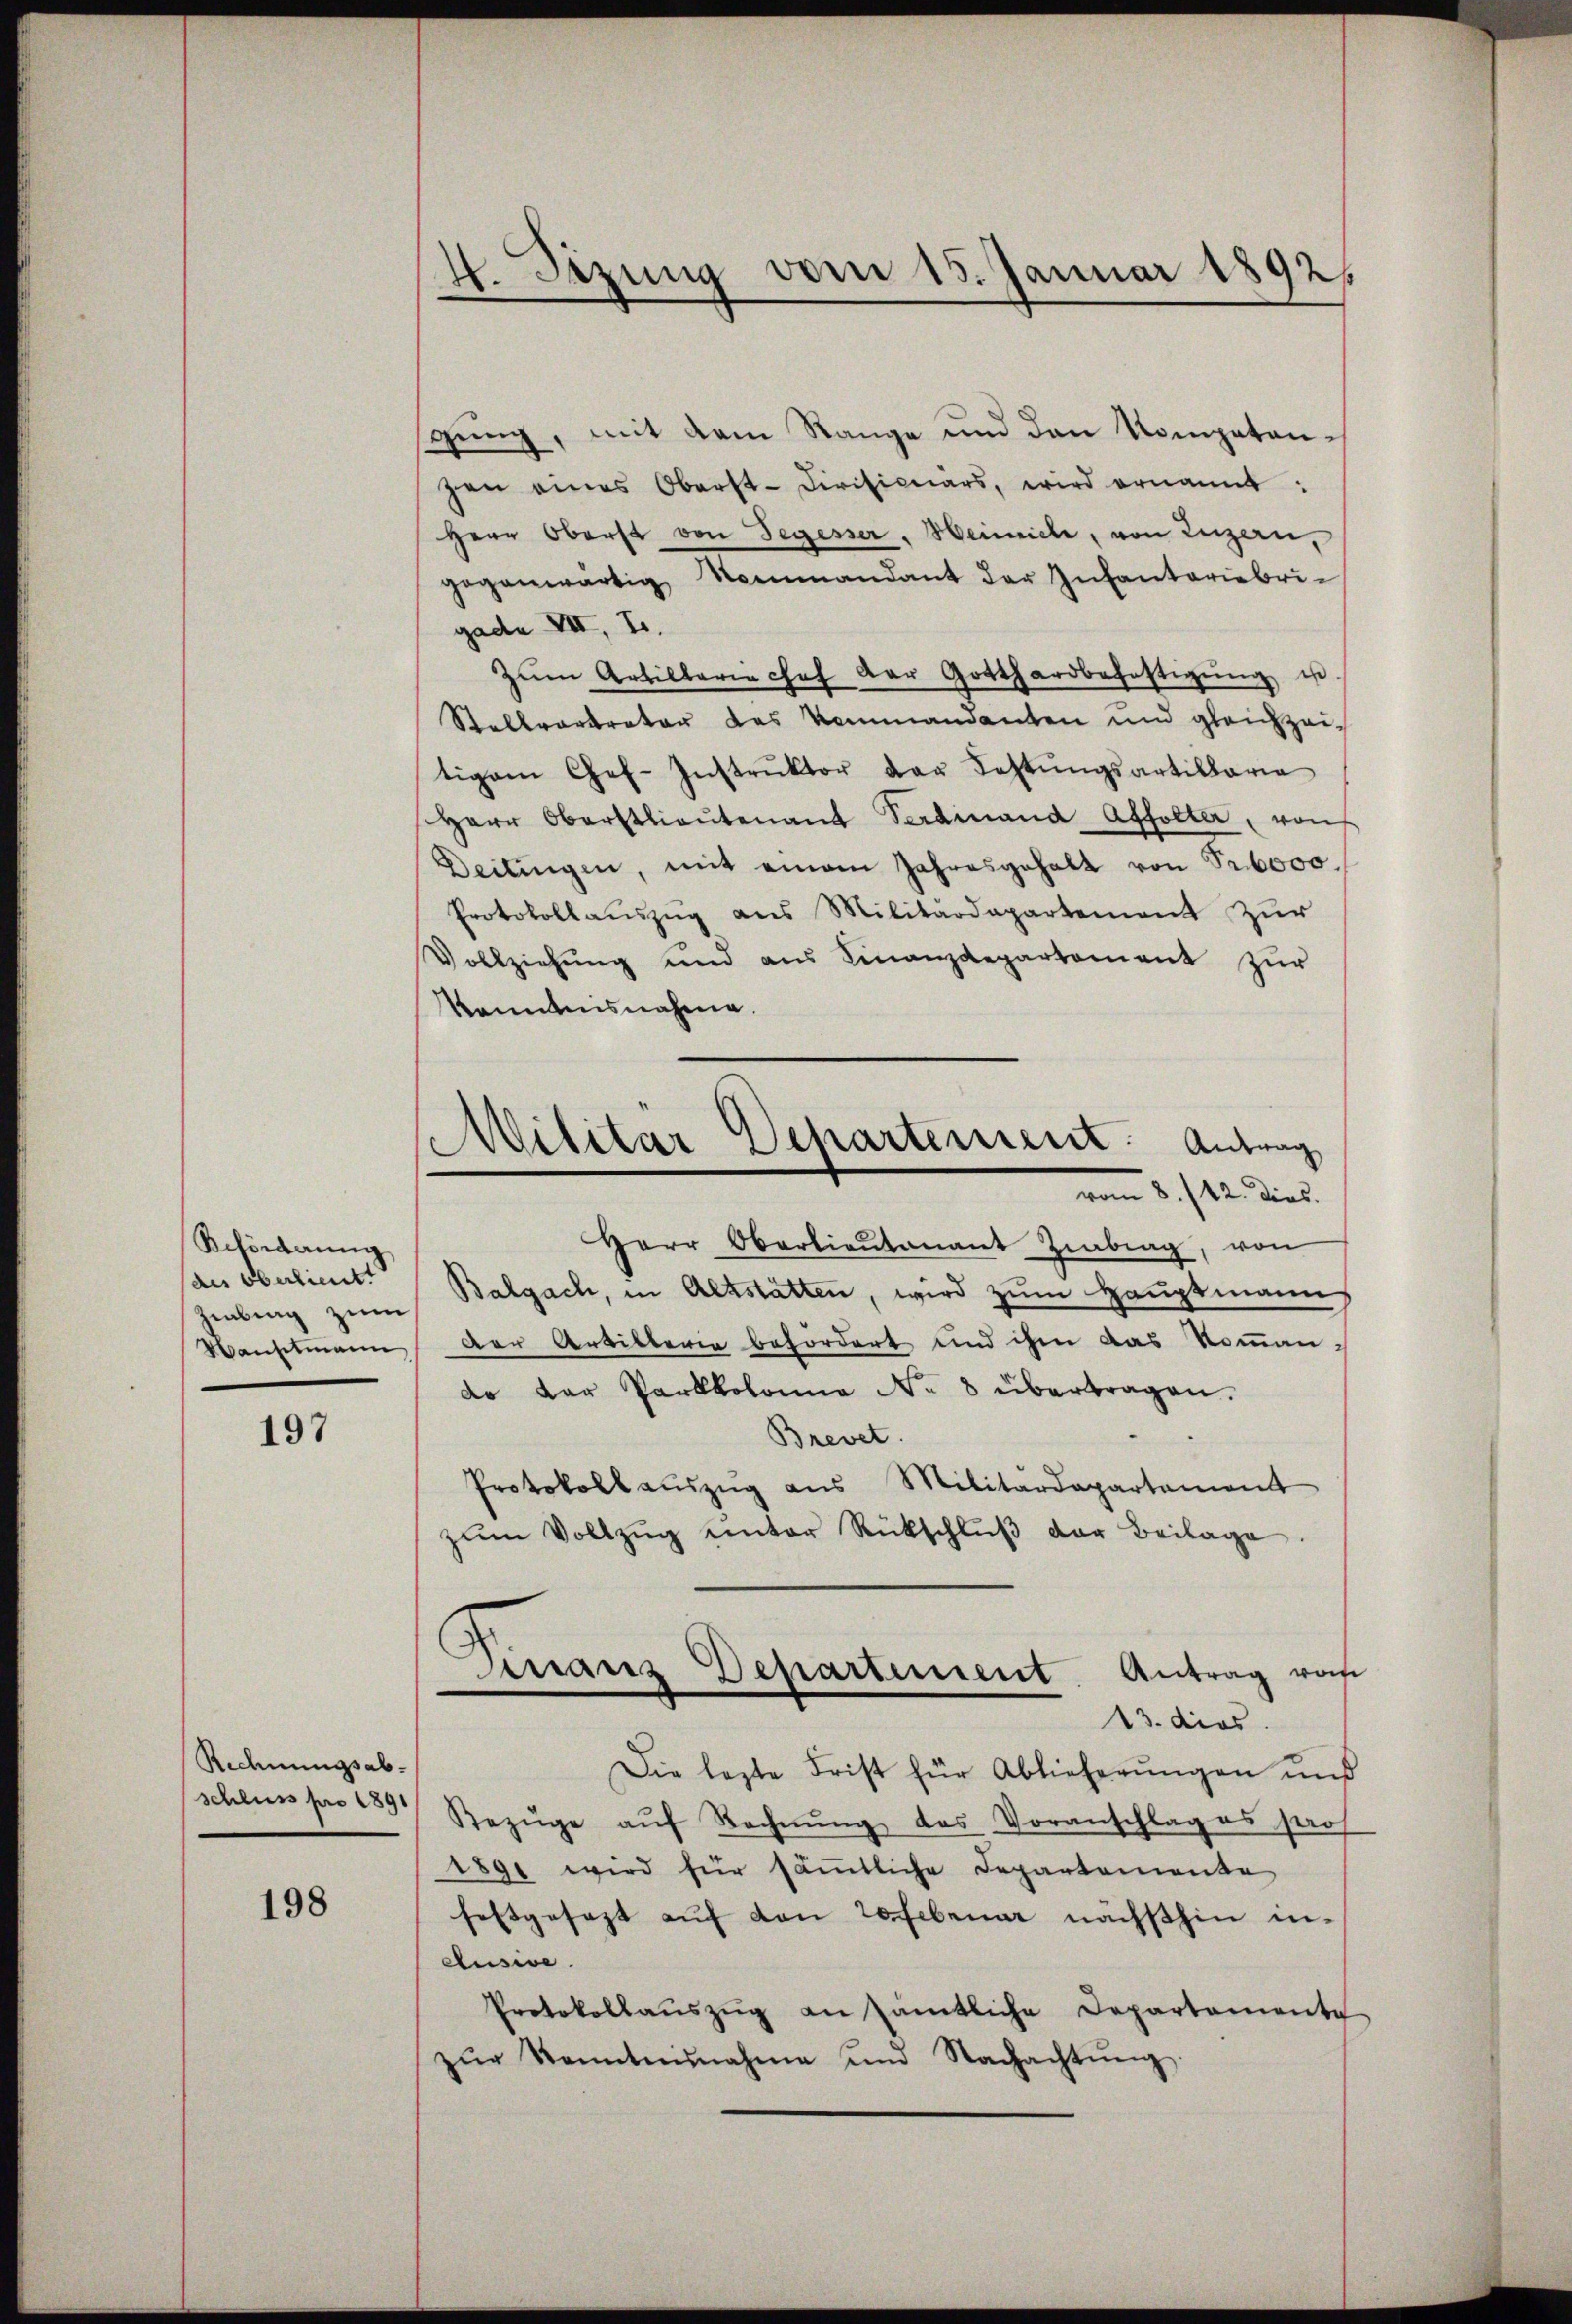
Beförderung
des Oberlieutt
Zibung zum
Wanselmann

197

Rechnungsabschluss pro 1891

198

4. Sizung vom 15. Januar 1892.

gung, mit dem Range und den Kompetenzen eines Oberst-Divisionars, wird ernannt:
Herr Oberst von Segesser, Heimich, von Luzern,
gegenwärtig Nommandant der Infanteriebri-
gade VII, S.
zŭm Artilberie chef der Gotthardbefestigŭng u.
Stellvertreten des Kommandanten und gleichzeitigam Chef. Instrŭktor der Festŭngsartillaria
Herr Oberstlieutenant Verdinand Affolter, von
Deilingen, mit einem Jahresgehalt von Pr. 6000.
Protokollauszug aus Militärdepartement zur
Vollziehung und aus Finanzdepartement zur
kanntensnahme.
Herr Oberlieŭtenant Zinbrag, von
Balgach, in Altstatten, wird zum Hauptmann
Der Artillerin befordert und ihm das Kommando der Parkkolonne No 8 übertragen.
Brevet.
Protokollauszug aus Militärdepartement
zŭm Vollzŭg ŭnter Rückschlŭβ der Beilage
Finanz Departement. Antrag vom
13. dies
Die lezte Frist für Ablieferungen und
Bezŭge aŭf Rechnŭng das Voranschlag es seros
1891 wird für säṁtliche Departemente
festgesezt auf den refebruar nächsthin in¬
Ausive
Protokollaŭszŭg an sämtliche Departemente
zŭr Kenntnisnahme und Nachachtŭng.

Militär Departement: Antrag
vom 8./12. Dies